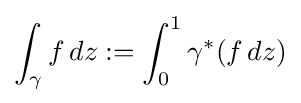
\int _{\gamma }f\,dz:=\int _{0}^{1}\gamma ^{*}(f\,dz)